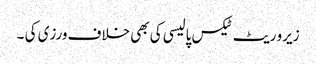
زیرو ریٹ ٹیکس پالیسی کی بھی خلاف ورزی کی ۔